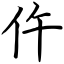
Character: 仵